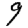
Digit: 9